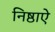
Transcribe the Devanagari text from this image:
निष्ठाऐ